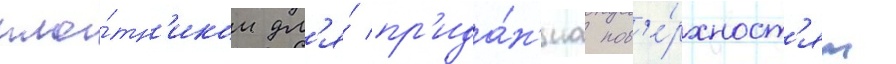
пло́тн'иком дл'я́ пр'ида́н'иа пов'е́рхност'ям